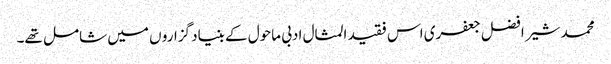
محمد شیر افضل جعفری اس فقید المثال ادبی ماحول کے بنیاد گزارو ں میں شامل تھے۔